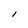
Character: I